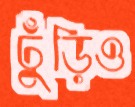
ঢুঁড়িও